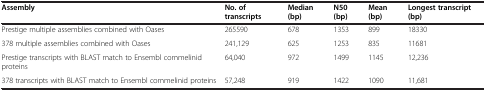
| Assembly | No. of | Median | N50 | Mean | Longest transcript |
 |  | transcripts | (bp) | (bp) | (bp) | (bp) |
 | --- | --- | --- | --- | --- | --- |
 | Prestige multiple assemblies combined with Oases | 265590 | 678 | 1353 | 899 | 18330 |
 | 378 multiple assemblies combined with Oases | 241,129 | 625 | 1253 | 835 | 11681 |
 | Prestige transcripts with BLAST match to Ensembl commelinid proteins | 64,040 | 972 | 1499 | 1145 | 12,236 |
 | 378 transcripts with BLAST match to Ensembl commelinid proteins | 57,248 | 919 | 1422 | 1090 | 11,681 |